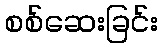
စစ်ဆေးခြင်း